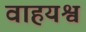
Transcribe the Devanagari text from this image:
वाहयश्व